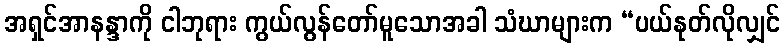
အရှင်အာနန္ဒာကို ငါဘုရား ကွယ်လွန်တော်မူသောအခါ သံဃာများက “ပယ်နုတ်လိုလျှင်